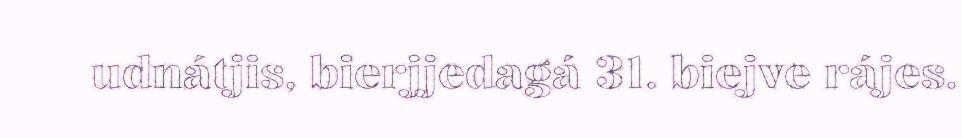
udnátjis, bierjjedagá 31. biejve rájes.